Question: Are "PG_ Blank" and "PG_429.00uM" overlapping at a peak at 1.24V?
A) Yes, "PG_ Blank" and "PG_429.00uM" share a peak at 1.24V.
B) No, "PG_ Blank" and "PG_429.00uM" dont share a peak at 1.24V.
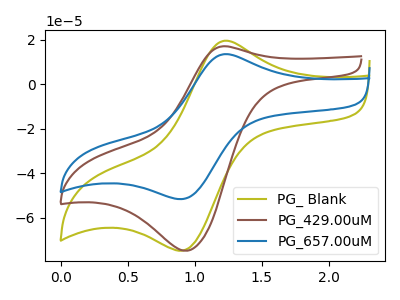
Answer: <think>The olive curve "PG_ Blank" has an anodic peak at (1.25V, 19.50uA) and a cathodic peak at (0.95V, -74.45uA). The brown curve "PG_429.00uM" has an anodic peak at (1.20V, 16.95uA) and a cathodic peak at (0.95V, -74.85uA). The blue curve "PG_657.00uM" has an anodic peak at (1.25V, 13.45uA) and a cathodic peak at (0.95V, -51.40uA).</think>
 <answer>A) Yes, "PG_ Blank" and "PG_429.00uM" share a peak at 1.24V.</answer>
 <eval>A</eval>